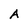
Character: A